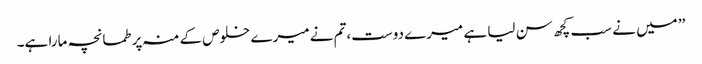
’’ میں نے سب کچھ سن لیا ہے میرے دوست،تم نے میرے خلوص کے منہ پر طمانچہ مارا ہے۔